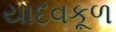
યાદવકૂળ